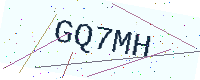
Text: GQ7MH